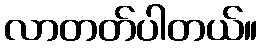
လာတတ်ပါတယ်။